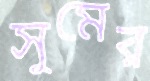
সুমের